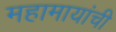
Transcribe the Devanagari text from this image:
महामायांची